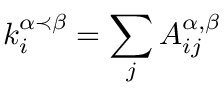
k _ { i } ^ { \alpha \prec \beta } = \sum _ { j } { A _ { i j } ^ { \alpha , \beta } }